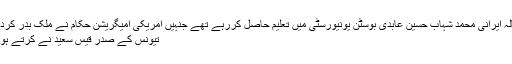
غیر ملکی خبررساں ادارے کے مطابق24 سالہ ایرانی محمد شہاب حسین عابدی بوسٹن یونیورسٹی میں تعلیم حاصل کررہے تھے جنہیں امریکی امیگریشن حکام نے ملک بدر کردیا، اور امریکی سول لبرٹیز یونین اور دیگر ق
تیونس کے صدر قیس سعید نے کرتے ہوئے انہیں کابینہ تشکیل دینے کی دعوت دیدی۔